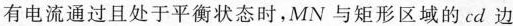
有电流通过且处于平衡状态时，MN与矩形区域的cd边